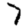
Digit: 7